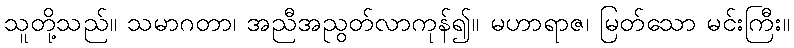
သူတို့သည်။ သမာဂတာ၊ အညီအညွတ်လာကုန်၍။ မဟာရာဇ၊ မြတ်သော မင်းကြီး။